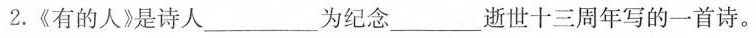
2.《有的人》是诗人___为纪念___逝世十三周年写的一首诗。